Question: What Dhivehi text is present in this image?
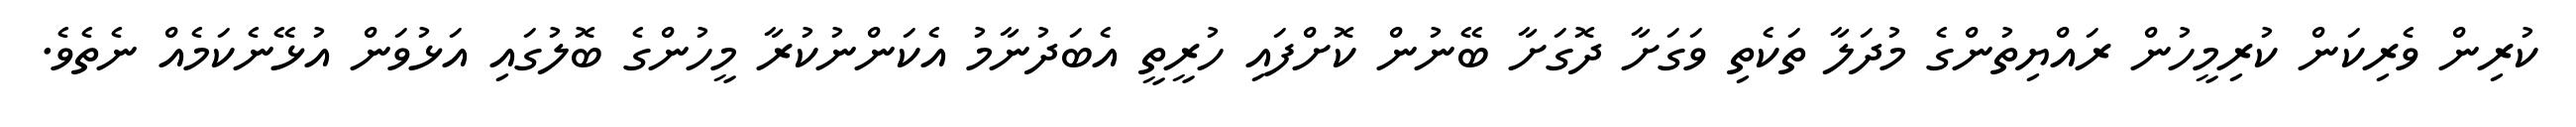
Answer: ކުރިން ވެރިކަން ކުރިމީހުން ރައްޔިތުންގެ މުދަލާ ތަކެތި ވަގަށާ ދޮގަށާ ބޭނުން ކޮށްފައި ހުރީތީ އެބަދުނާމު އެކަންނުކުރާ މީހުންގެ ބޮލުގައި އަޅުވަން އުޅޭނެކަމެއް ނެތެވެ.